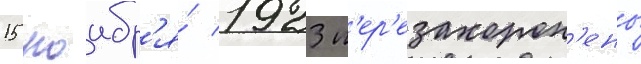
15 ноабр'я́ 1923 п'ер'езахорон'ены